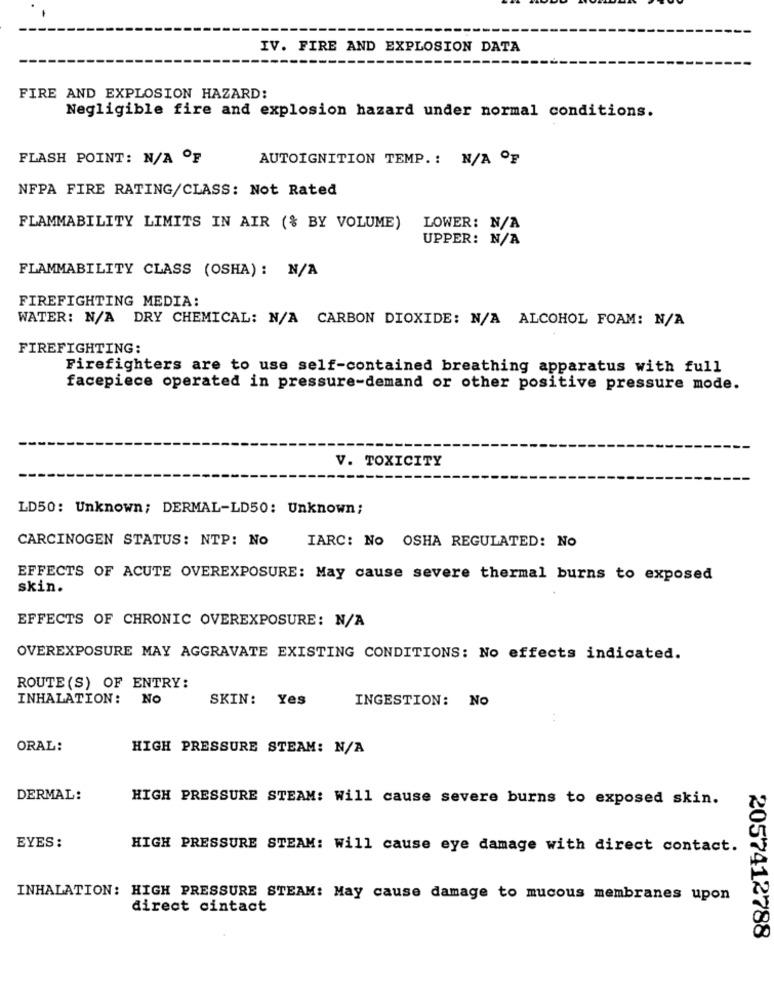
IV. FIRE AND EXPLOSION DATA
FIRE AND EXPLOSION HAZARD:
Negligible fire and explosion hazard under normal conditions.
FLASH POINT: N/A OF
AUTOIGNITION TEMP .: N/A OF
NFPA FIRE RATING/CLASS: Not Rated
FLAMMABILITY LIMITS IN AIR (% BY VOLUME)
LOWER: N/A
UPPER: N/A
FLAMMABILITY CLASS (OSHA) : N/A
FIREFIGHTING MEDIA:
WATER: N/A DRY CHEMICAL: N/A CARBON DIOXIDE: N/A ALCOHOL FOAM: N/A
FIREFIGHTING:
Firefighters are to use self-contained breathing apparatus with full
facepiece operated in pressure-demand or other positive pressure mode.
V. TOXICITY
LD50: Unknown; DERMAL-LD50: Unknown;
CARCINOGEN STATUS: NTP: No
IARC: No OSHA REGULATED: No
EFFECTS OF ACUTE OVEREXPOSURE: May cause severe thermal burns to exposed
skin.
EFFECTS OF CHRONIC OVEREXPOSURE: N/A
OVEREXPOSURE MAY AGGRAVATE EXISTING CONDITIONS: No effects indicated.
ROUTE (S) OF ENTRY:
INHALATION:
No
SKIN: Yes
INGESTION: No
ORAL:
HIGH PRESSURE STEAM: N/A
DERMAL:
HIGH PRESSURE STEAM: Will cause severe burns to exposed skin.
EYES :
HIGH PRESSURE STEAM: Will cause eye damage with direct contact.
INHALATION: HIGH PRESSURE STEAM: May cause damage to mucous membranes upon
direct cintact
2057412788